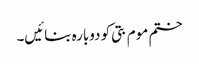
ختم موم بتی کو دوبارہ بنائیں۔